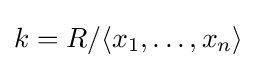
k=R/\langle x_{1},\ldots ,x_{n}\rangle